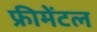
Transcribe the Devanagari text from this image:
फ्रीमेंटल